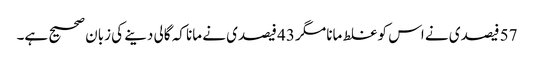
57 فیصدی نے اس کو غلط مانا مگر 43 فیصدی نے مانا کہ گالی دینے کی زبان صحیح ہے۔